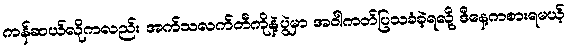
ကန်ဆယ်လိုကလည်း အက်သလက်တီကိုနဲ့ပွဲမှာ အဝါကတ်ပြသခံခဲ့ရလို့ ဒီနေ့ကစားရမယ့်